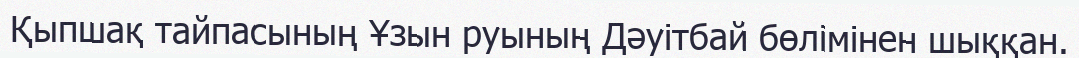
Қыпшақ тайпасының Ұзын руының Дәуітбай бөлімінен шыққан.